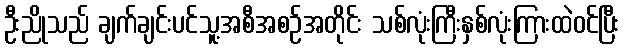
ဦးညိုသည် ချက်ချင်းပင်သူ့အစီအစဉ်အတိုင်း သစ်လုံးကြီးနှစ်လုံးကြားထဲဝင်ပြီး